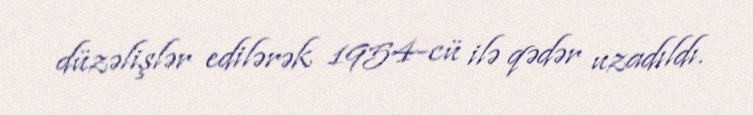
düzəlişlər edilərək 1954-cü ilə qədər uzadıldı.